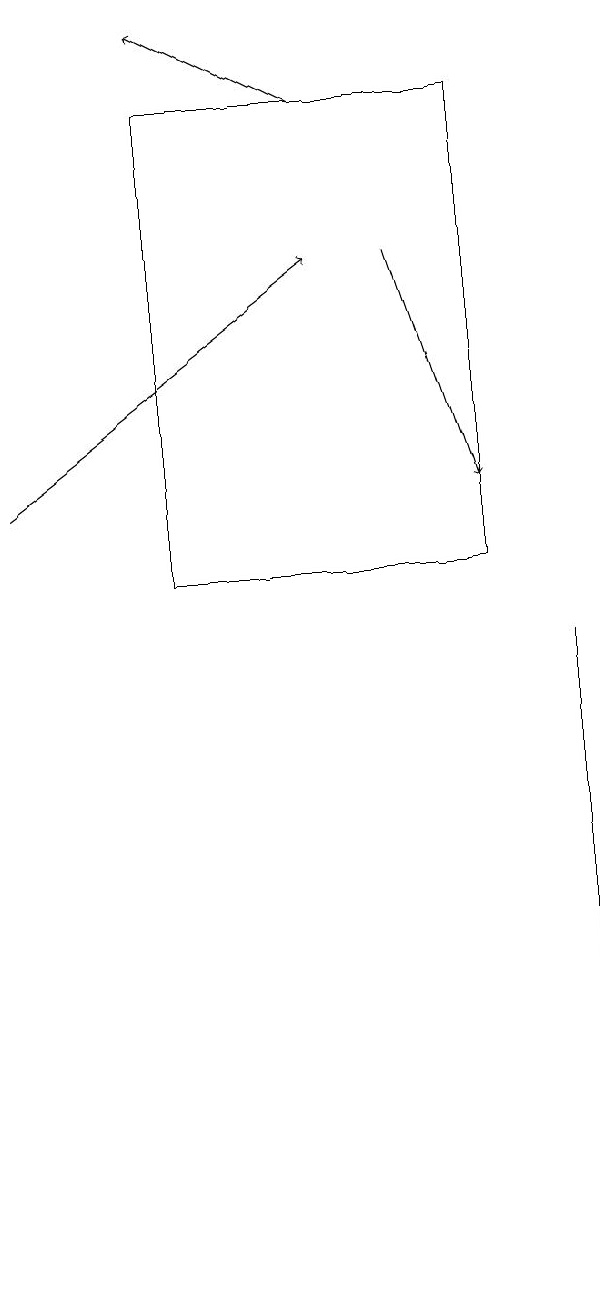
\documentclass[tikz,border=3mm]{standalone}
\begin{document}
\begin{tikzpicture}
\draw[->] (7,14) -- (8,11);
\draw (4,10) rectangle (8,16);
\draw[->] (6,16) -- (4,17);
\draw (9,6) -- (9,1) -- (9,9) -- cycle;
\draw[->] (2,11) -- (6,14);
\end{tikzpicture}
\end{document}